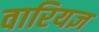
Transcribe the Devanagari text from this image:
वारियज्ञ